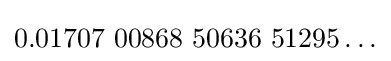
0{.}01707{\text{ }}00868{\text{ }}50636{\text{ }}51295\ldots